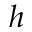
h